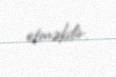
etməkdir.